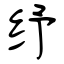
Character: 纾